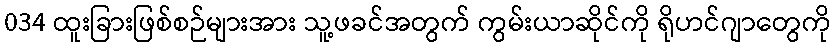
034 ထူးခြားဖြစ်စဉ်များအား သူ့ဖခင်အတွက် ကွမ်းယာဆိုင်ကို ရိုဟင်ဂျာတွေကို